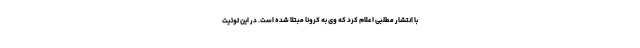
با انتشار مطلبی اعلام کرد که وی به کرونا مبتلا شده است. در این توئیت